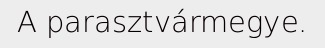
A parasztvármegye.